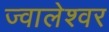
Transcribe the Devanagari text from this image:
ज्‍वालेश्‍वर